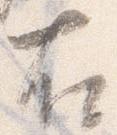
右